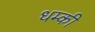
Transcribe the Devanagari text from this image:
धम्की